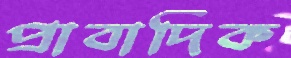
প্রাবাদিক